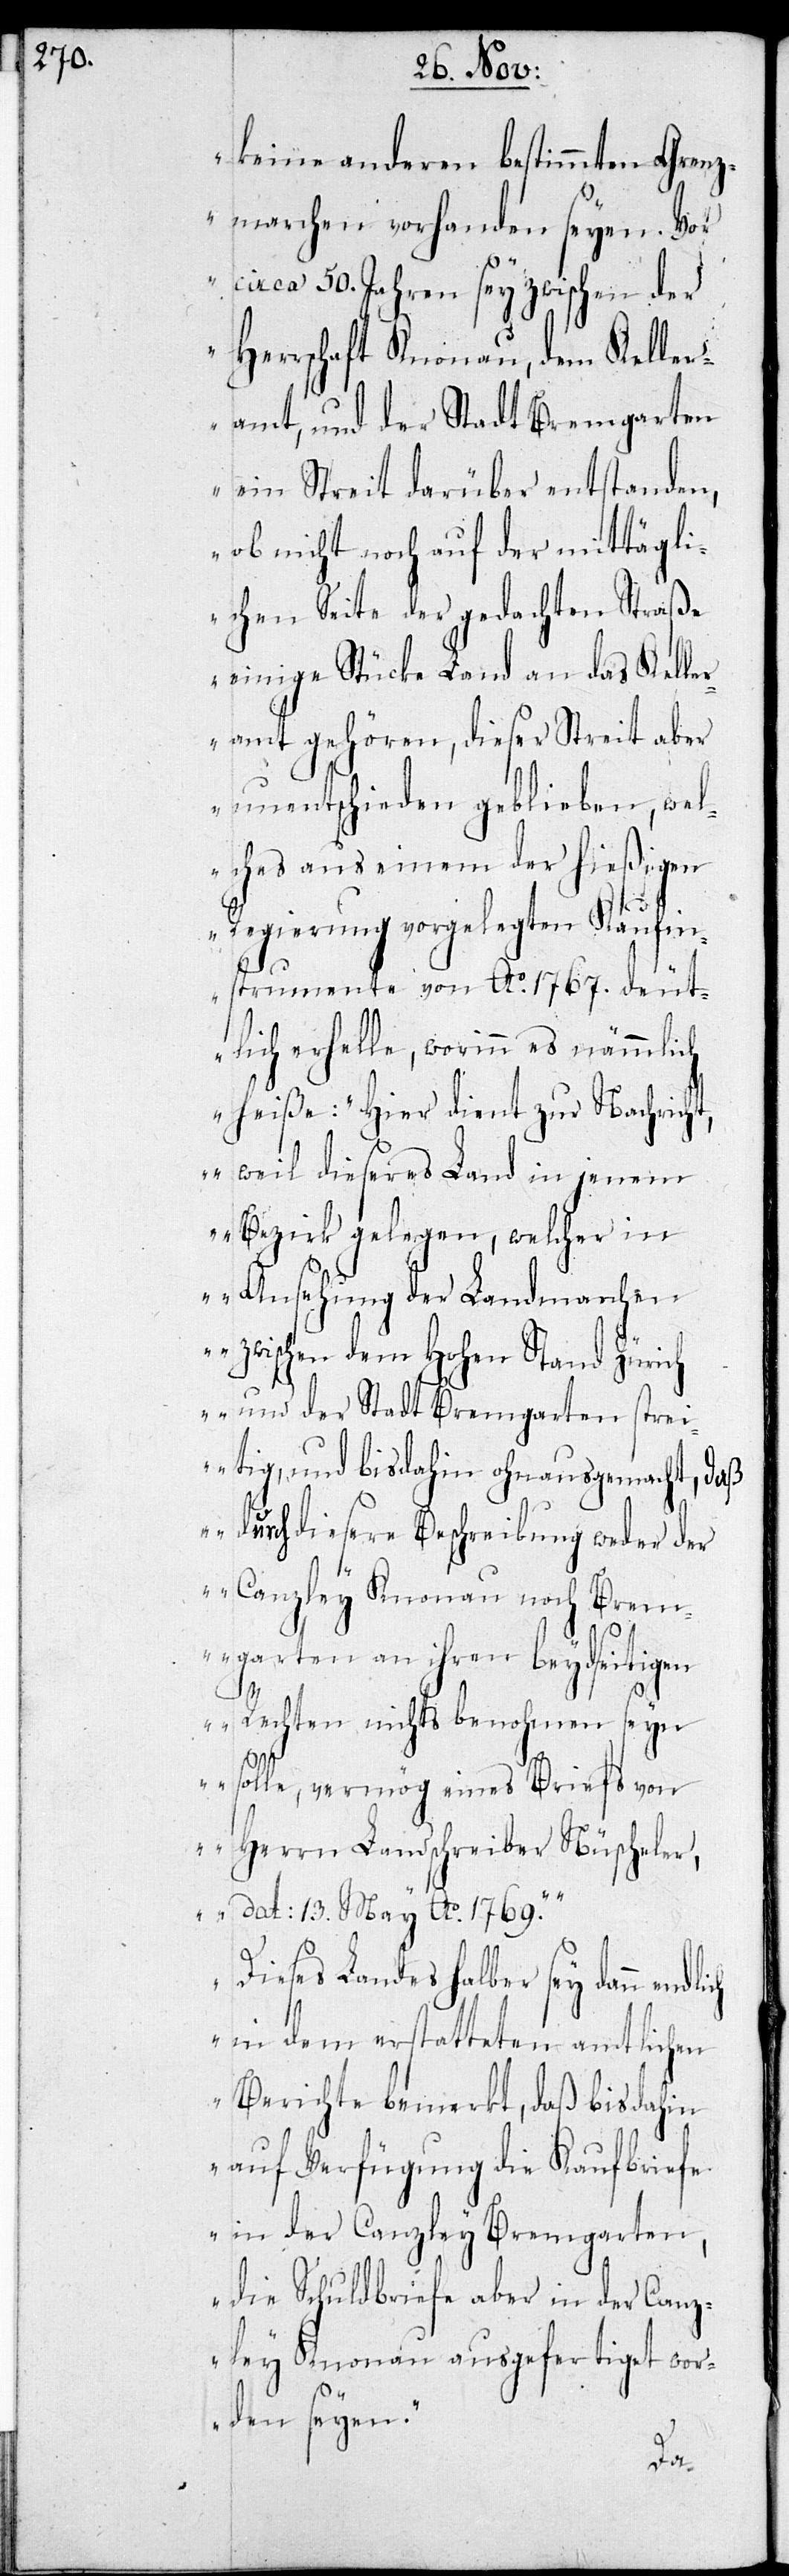
keine anderen bestimmten Grenz¬
marchen vorhanden seyen. Vor
ca. 50. Jahren sey zwischen der
Herrschaft Knonau, dem Keller¬
amt, und der Stadt Bremgarten
ein Streit darüber entstanden,
ob nicht noch auf der mittägli¬
chen Seite der gedachten Straße
einige Stücke Land an das Kelle¬
ramt gehören, dieser Streit aber
unentschieden geblieben, wel¬
ches aus einem der hießigen
Regierung vorgelegten Kaufin¬
strumente von Ao 1767. deut¬
lich erhelle, worinn es nämlich
heiße: „Hier dient zur Nachric¬
ht, weil dieseres Land in jenem
Bezirk gelegen, welcher in
Ansehung der Landmarchen
zwischen dem Hohen Stand Zürich
und der Stadt Bremgarten stre¬
itig, und bis dahin ohnausgemacht, daß
durch diesere Beschreibung weder der
Canzley Knonau noch Brem¬
garten an ihren beydseitigen
Rechten nichts benohmen seyn
solle, vermög eines Briefs von
Herrn Landschreibern Nüscheler,
dat. 13. März Ao 1769.“
Dieses Landes halber sey dann
in dem erstatteten amtlichen
Berichte bemerkt, daß bis dahin
auf Verfügung die Kaufbriefe
in der Canzley Bremgarten,
die Schuldbriefe aber in der Canz¬
ley Knonau ausgefertiget wor¬
den seyen.